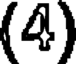
(4)